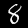
Digit: 8